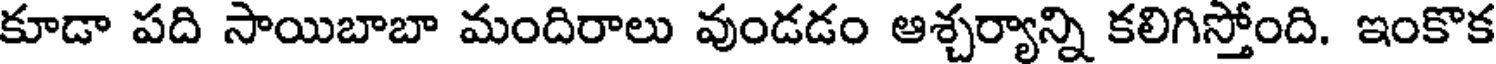
కూడా పది సాయిబాబా మందిరాలు వుండడం ఆశ్చర్యాన్ని కలిగిస్తోంది. ఇంకొక